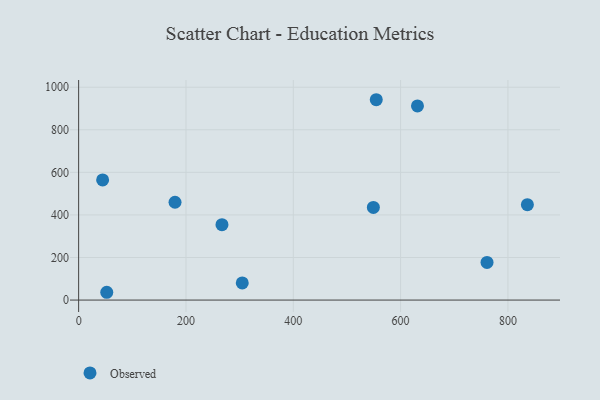
{"axis": {"x": "Investment", "y": "Sales"}, "legend": ["Observed"], "data": [{"x": "304.9", "y": 80.3, "type": "Observed"}, {"x": "554.6", "y": 941.2, "type": "Observed"}, {"x": "836.2", "y": 448.1, "type": "Observed"}, {"x": "631.4", "y": 912.3, "type": "Observed"}, {"x": "549.2", "y": 435.0, "type": "Observed"}, {"x": "179.6", "y": 459.6, "type": "Observed"}, {"x": "761.0", "y": 176.8, "type": "Observed"}, {"x": "52.4", "y": 36.6, "type": "Observed"}, {"x": "267.1", "y": 354.0, "type": "Observed"}, {"x": "44.7", "y": 564.5, "type": "Observed"}]}